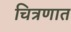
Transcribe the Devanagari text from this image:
चित्रणात